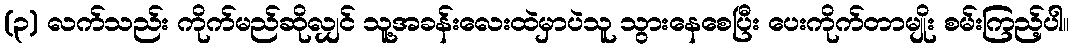
(၃) လက်သည်း ကိုက်မည်ဆိုလျှင် သူ့အခန်းလေးထဲမှာပဲသူ သွားနေစေပြီး ပေးကိုက်တာမျိုး စမ်းကြည့်ပါ။